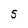
Character: 5